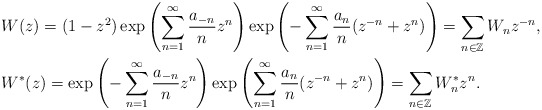
\begin{align*}&W(z)=(1-z^2)\exp\left(\sum^\infty_{n=1}\frac{a_{-n}}{n}z^n\right)\exp\left(-\sum^\infty_{n=1}\frac{a_n}{n}(z^{-n}+z^n)\right)=\sum_{n\in \mathbb{Z}}W_nz^{-n},\\&W^*(z)=\exp\left(-\sum^\infty_{n=1}\frac{a_{-n}}{n}z^n\right)\exp\left(\sum^\infty_{n=1}\frac{a_n}{n}(z^{-n}+z^n)\right)=\sum_{n\in \mathbb{Z}}W^*_nz^n.\end{align*}